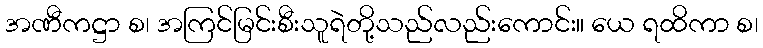
အဏီကဋ္ဌာ စ၊ အကြင်မြင်းစီးသူရဲတို့သည်လည်းကောင်း။ ယေ ရထိကာ စ၊